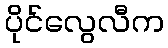
ပိုင်လွေလီက